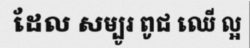
ដែល សម្បូរ ពូជ ឈើ ល្អ